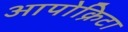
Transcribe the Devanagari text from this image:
आपोक्रिटा